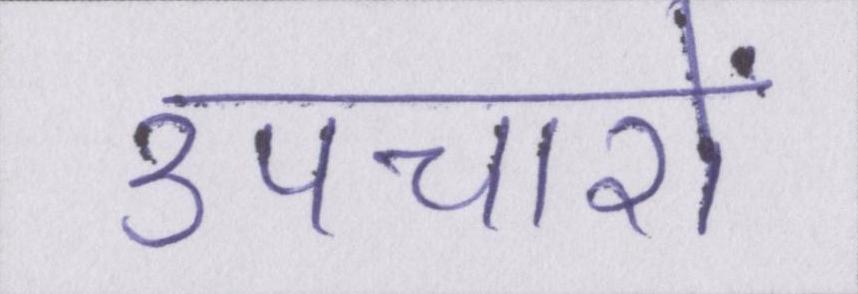
उपचारों